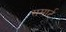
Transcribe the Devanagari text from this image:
समार्ट